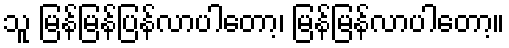
သူ မြန်မြန်ပြန်လာပါတော့၊ မြန်မြန်လာပါတော့။